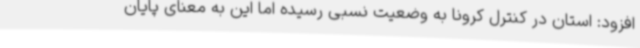
افزود: استان در کنترل کرونا به وضعیت نسبی رسیده اما این به معنای پایان